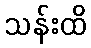
သန်းထိ